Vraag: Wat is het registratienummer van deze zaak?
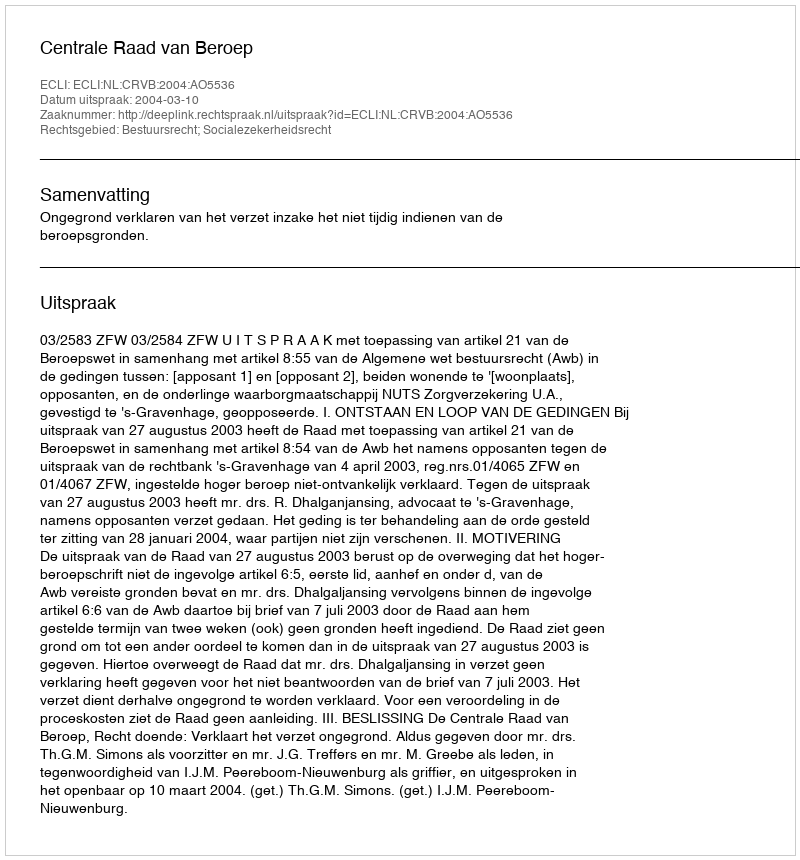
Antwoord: http://deeplink.rechtspraak.nl/uitspraak?id=ECLI:NL:CRVB:2004:AO5536